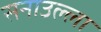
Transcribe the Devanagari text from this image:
सनाउल्ला